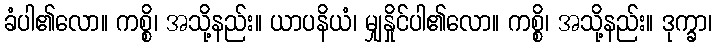
ခံပါ၏လော။ ကစ္စိ၊ အသို့နည်း။ ယာပနိယံ၊ မျှနှိုင်ပါ၏လော။ ကစ္စိ၊ အသို့နည်း။ ဒုက္ခာ၊